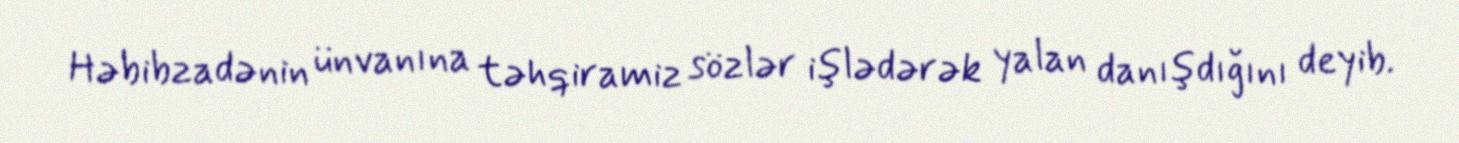
Həbibzadənin ünvanına təhqiramiz sözlər işlədərək yalan danışdığını deyib.